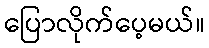
ပြောလိုက်ပေ့မယ်။